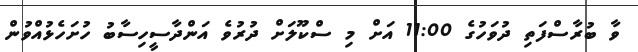
ވާ ބުރާސްފަތި ދުވަހުގެ 11:00 އަށް މި ސްކޫލަށް ދުރުވެ އަންދާސީހިސާބު ހުށަހެޅުއްވުން